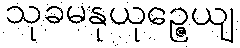
သုခမနုယုဉ္ဇေယျ